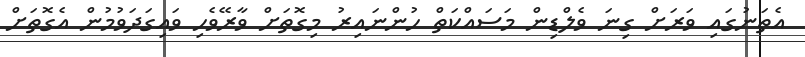
އެތަނުގައި ވަރަށް ގިނަ ވެލްޑިން މަސައްކަތް ހުންނައިރު މިގޮތަށް ވާރޭވެހި ވައިގަދަވުމުން އެގޮތަށް